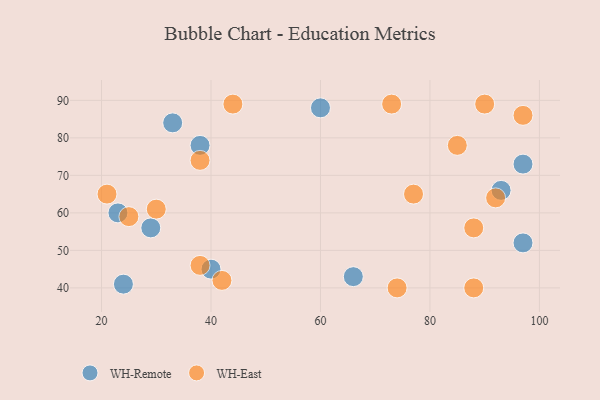
{"axis": {"x": "GDP", "y": "Life Expectancy"}, "legend": ["WH-East", "WH-Remote"], "data": [{"x": "38", "y": 78, "type": "WH-Remote"}, {"x": "23", "y": 60, "type": "WH-Remote"}, {"x": "60", "y": 88, "type": "WH-Remote"}, {"x": "97", "y": 73, "type": "WH-Remote"}, {"x": "97", "y": 52, "type": "WH-Remote"}, {"x": "66", "y": 43, "type": "WH-Remote"}, {"x": "29", "y": 56, "type": "WH-Remote"}, {"x": "93", "y": 66, "type": "WH-Remote"}, {"x": "24", "y": 41, "type": "WH-Remote"}, {"x": "40", "y": 45, "type": "WH-Remote"}, {"x": "33", "y": 84, "type": "WH-Remote"}, {"x": "97", "y": 86, "type": "WH-East"}, {"x": "92", "y": 64, "type": "WH-East"}, {"x": "30", "y": 61, "type": "WH-East"}, {"x": "88", "y": 56, "type": "WH-East"}, {"x": "21", "y": 65, "type": "WH-East"}, {"x": "38", "y": 74, "type": "WH-East"}, {"x": "85", "y": 78, "type": "WH-East"}, {"x": "44", "y": 89, "type": "WH-East"}, {"x": "25", "y": 59, "type": "WH-East"}, {"x": "74", "y": 40, "type": "WH-East"}, {"x": "73", "y": 89, "type": "WH-East"}, {"x": "88", "y": 40, "type": "WH-East"}, {"x": "42", "y": 42, "type": "WH-East"}, {"x": "38", "y": 46, "type": "WH-East"}, {"x": "90", "y": 89, "type": "WH-East"}, {"x": "77", "y": 65, "type": "WH-East"}]}